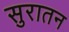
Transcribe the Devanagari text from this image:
सुरातन